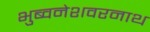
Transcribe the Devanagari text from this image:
भुब्वनेशवरनाथ